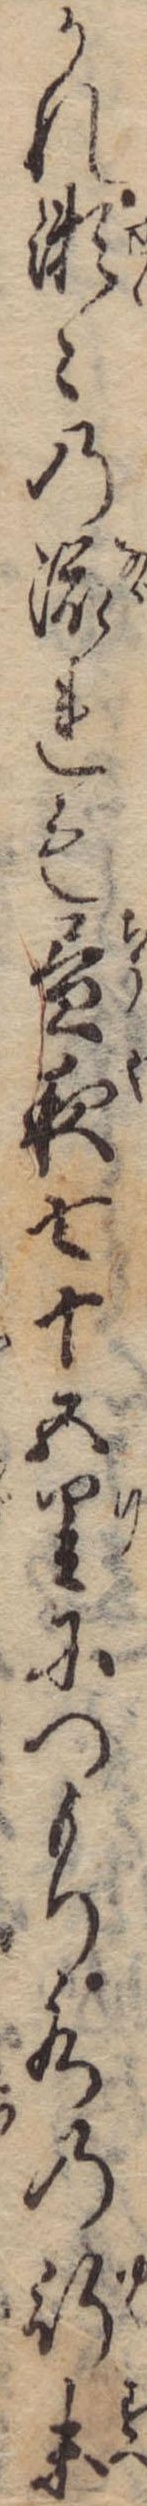
かれ瀬々の流れも昼夜七十五里につもり水の行末